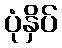
ပုံနှိပ်